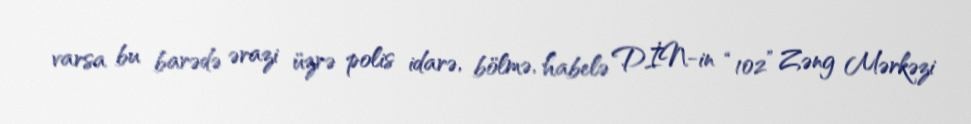
varsa bu barədə ərazi üzrə polis idarə, bölmə, habelə DİN-in “102” Zəng Mərkəzi